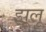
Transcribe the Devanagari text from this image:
झूलू